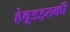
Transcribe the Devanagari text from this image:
हेवूडइतकी